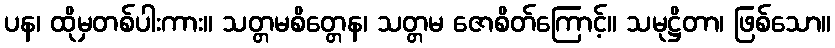
ပန၊ ထိုမှတစ်ပါးကား။ သတ္တမစိတ္တေန၊ သတ္တမ ဇောစိတ်ကြောင့်။ သမုဋ္ဌိတာ၊ ဖြစ်သော။